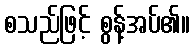
စသည်ဖြင့် စွန့်အပ်၏။